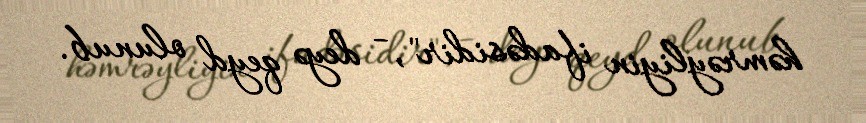
həmrəyliyin ifadəsidir", - deyə qeyd olunub.